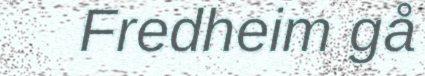
Fredheim gå